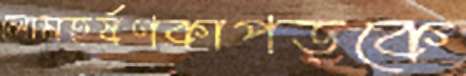
লোমহর্ষণকাপড়কে